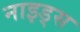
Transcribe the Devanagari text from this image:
नाइड्स